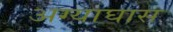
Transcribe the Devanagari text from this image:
अग्याघास